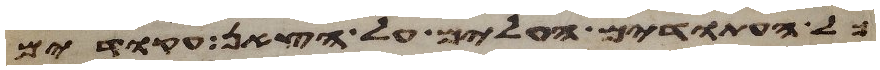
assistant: כל העתודים העלים על הצאן עקודים